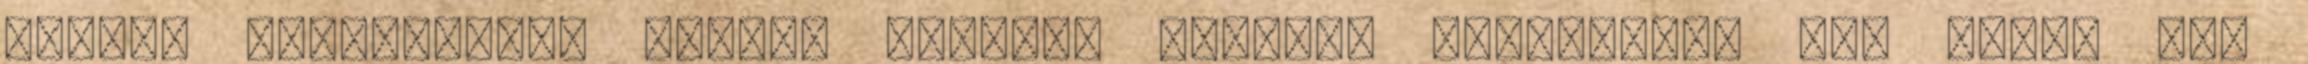
tompán csillogtak. Mindig ferdén, alulról pillantott fel arra, aki